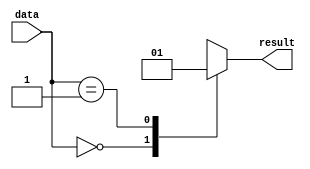
module behavioral_block(
    input [3:0] data,
    output reg result
);

always @* begin
    case (data)
        4'b0000: result = 1'b0;
        4'b0001: result = 1'b1;
        4'b00x0: result = 1'bx; //don't care case
        default: result = 1'bx; //don't care default case
    endcase
end

endmodule